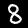
Label: 8